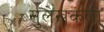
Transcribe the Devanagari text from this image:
सुलेखकला